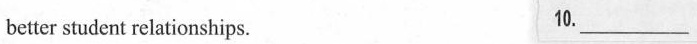
better student relationships. 10.___